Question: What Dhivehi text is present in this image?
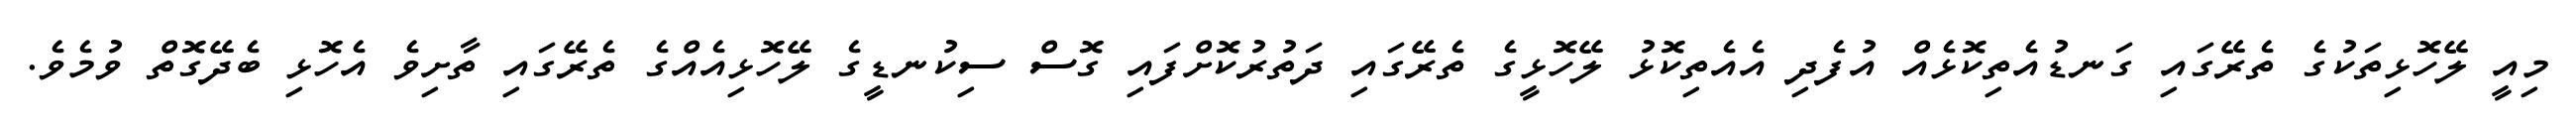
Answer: މިއީ ލޭހޮޅިތަކުގެ ތެރޭގައި ގަނޑުއެތިކޮޅެއް އުފެދި އެއެތިކޮޅު ލޭހޮޅީގެ ތެރޭގައި ދަތުރުކޮށްފައި ގޮސް ސިކުނޑީގެ ލޭހޮޅިއެއްގެ ތެރޭގައި ތާށިވެ އެހޮޅި ބެދޭގޮތް ވުމެވެ.